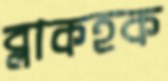
ব্লাকহক